Indian journal of veterinary science and animal husbandry - Volumes 15-17, 1948-1951
Year: 1948
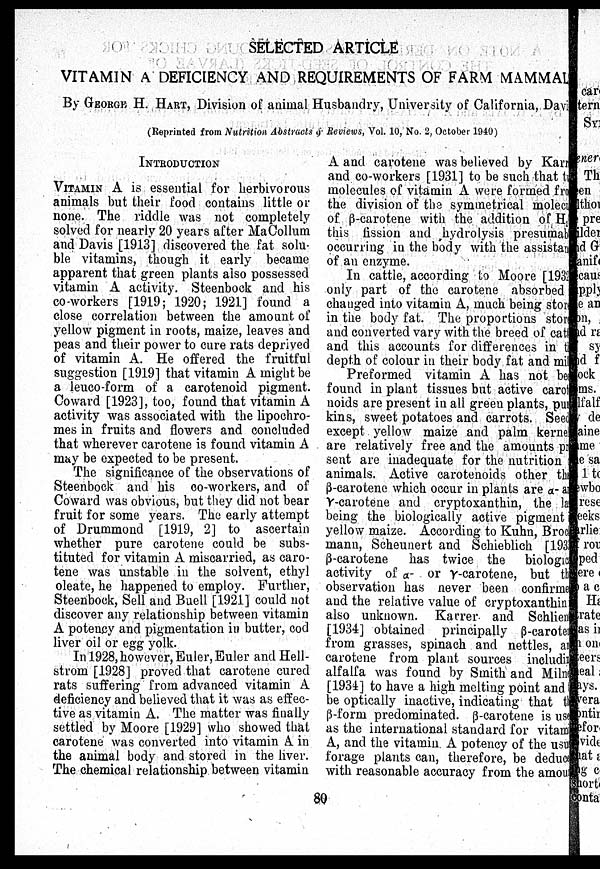
SELECTED ARTICLE
VITAMIN A DEFICIENCY AND REQUIREMENTS OF FARM MAMMAL
By GEORGE H. HART, Division of animal Husbandry, University of California, Davi
(Reprinted from Nutrition Abstracts & Reviews, Vol. 10, No. 2, October 1940)
INTRODUCTION
VITAMIN A is essential for herbivorous
animals but their food contains little or
none. The riddle was not completely
solved for nearly 20 years after MaCollum
and Davis [1913] discovered the fat solu-
ble vitamins, though it early became
apparent that green plants also possessed
vitamin A activity. Steenbock and his
co-workers [1919; 1920; 1921] found a
close correlation between the amount of
yellow pigment in roots, maize, leaves and
peas and their power to cure rats deprived
of vitamin A. He offered the fruitful
suggestion [1919] that vitamin A might be
a leuco-form of a carotenoid pigment.
Coward [1923], too, found that vitamin A
activity was associated with the lipochro-
mes in fruits and flowers and concluded
that wherever carotene is found vitamin A
may be expected to be present.
The significance of the observations of
Steenbock and his co-workers, and of
Coward was obvious, but they did not bear
fruit for some years. The early attempt
of Drummond [1919, 2] to ascertain
whether pure carotene could be subs-
tituted for vitamin A miscarried, as caro-
tene was unstable in the solvent, ethyl
oleate, he happened to employ. Further,
Steenbock, Sell and Buell [1921] could not
discover any relationship between vitamin
A potency and pigmentation in butter, cod
liver oil or egg yolk.
In 1928, however, Euler, Euler and Hell-
strom [1928] proved that carotene cured
rats suffering from advanced vitamin A
deficiency and believed that it was as effec-
tive as vitamin A. The matter was finally
settled by Moore [1929] who showed that
carotene was converted into vitamin A in
the animal body and stored in the liver.
The chemical relationship between vitamin
A and carotene was believed by Karn
and co-workers [1931] to be such that two
molecules of vitamin A were formed from
the division of the symmetrical molecules
of ß-carotene with the addition of H 2 O
this fission and hydrolysis presumab
occurring in the body with the assistance
of an enzyme.
In cattle, according to Moore [1932]
only part of the carotene absorbed
changed into vitamin A, much being store
in the body fat. The proportions store
and converted vary with the breed of cattle
and this accounts for differences in the
depth of colour in their body fat and mil
Preformed vitamin A has not bes
found in plant tissues but active carote
noids are present in all green plants, pur
kins, sweet potatoes and carrots. Seed
except yellow maize and palm kernel
are relatively free and the amounts pr
sent are inadequate for the nutrition
animals. Active carotenoids other tha
ß-carotene which occur in plants are α- an
γ-carotene and cryptoxanthin, the la
being the biologically active pigment
yellow maize. According to Kuhn, Broc
mann, Scheunert and Schieblich [1933]
ß-carotene has twice the biological
activity of α- or γ-carotene, but the
observation has never been confirme
and the relative value of cryptoxanthin
also unknown. Kacrer and Schlien
[1934] obtained principally ß-carotene
from grasses, spinach and nettles, and
carotene from plant sources including
alfalfa was found by Smith and Milne
[193±] to have a high melting point and to
be optically inactive, indicating that the
ß-form predominated. ß-carotene is use
as the international standard for vitamin
A, and the vitamin A potency of the usu
forage plants can, therefore, be deduces
with reasonable accuracy from the amount
80